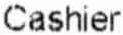
CASHIER